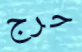
حرج